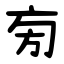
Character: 㫄